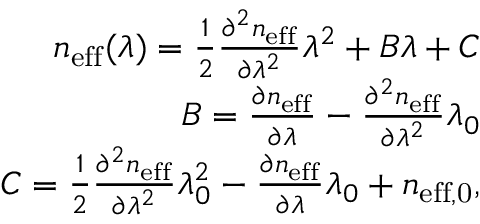
\begin{array} { r } { n _ { \mathrm { e f f } } ( \lambda ) = \frac { 1 } { 2 } \frac { \partial ^ { 2 } n _ { \mathrm { e f f } } } { \partial \lambda ^ { 2 } } \lambda ^ { 2 } + B \lambda + C } \\ { B = \frac { \partial n _ { \mathrm { e f f } } } { \partial \lambda } - \frac { \partial ^ { 2 } n _ { \mathrm { e f f } } } { \partial \lambda ^ { 2 } } \lambda _ { 0 } } \\ { C = \frac { 1 } { 2 } \frac { \partial ^ { 2 } n _ { \mathrm { e f f } } } { \partial \lambda ^ { 2 } } \lambda _ { 0 } ^ { 2 } - \frac { \partial n _ { \mathrm { e f f } } } { \partial \lambda } \lambda _ { 0 } + n _ { \mathrm { e f f , 0 } } , } \end{array}